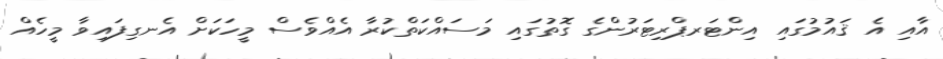
އާއި އެ ޤައުމުގައި އިންޓަރޕްރިޓަރުންގެ ގޮތުގައި މަސައްކަތްކުރާ އެއްވެސް މީހަކަށް އެނގިފައިވާ މީހެއް